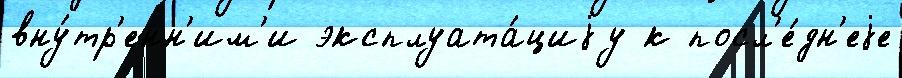
вну́тр'енн'им'и эксплуата́циjу к посл'е́дн'еjе